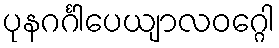
ပုနဂင်္ဂါပေယျာလဝဂ္ဂေါ